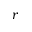
r